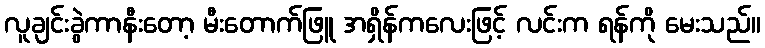
လူချင်းခွဲကာနီးတော့ မီးတောက်ဖြူ အရှိန်ကလေးဖြင့် လင်းက ရန်ကို မေးသည်။